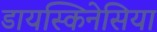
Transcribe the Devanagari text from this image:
डायस्किनेसिया